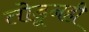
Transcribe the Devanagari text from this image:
तोडूनही